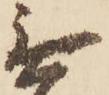
無